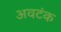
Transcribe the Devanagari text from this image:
अवटंक